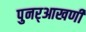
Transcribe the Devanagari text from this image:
पुनर्‌आखणी